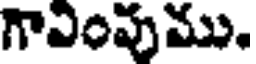
గావింవుము.